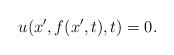
LaTeX: \begin{align*}u(x',f(x',t),t)=0.\end{align*}